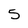
Character: 5